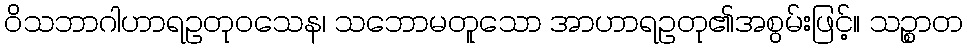
ဝိသဘာဂါဟာရဥတုဝသေန၊ သဘောမတူသော အာဟာရဥတု၏အစွမ်းဖြင့်။ သဉ္စာတ